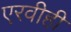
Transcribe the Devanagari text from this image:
एरवीही